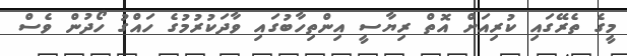
މީގެ ތެރޭގައި ކުރިއަށް އޮތް ރިޔާސީ އިންތިހާބުގައި ވާދަކުރުމުގެ ހައްގު ހޯދުން ވެސް